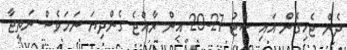
ދެން ޖެހިގެން އައި ސެޓު 27-29 އިން ރާއްޖެ ގެންދިޔަ ނަމަވެސް ނަތީޖާ